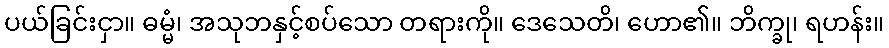
ပယ်ခြင်းငှာ။ ဓမ္မံ၊ အသုဘနှင့်စပ်သော တရားကို။ ဒေသေတိ၊ ဟော၏။ ဘိက္ခု၊ ရဟန်း။